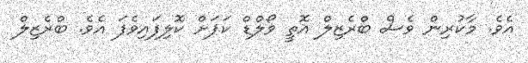
އެވެ. މާކުރިން ވެސް ބްރެޒިލް އޮތީ ވޯލްޑް ކަޕަށް ކޮލިފައިވެފަ އެވެ. ބްރެޒިލް